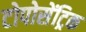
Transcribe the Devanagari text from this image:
टोपोसेंट्रिक